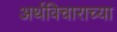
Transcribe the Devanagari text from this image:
अर्थविचाराच्या